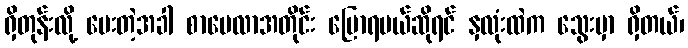
ရှိတုန်းလို့ မေးတဲ့အခါ စာပေလာအတိုင်း ပြောရမယ်ဆိုရင် နှလုံးထဲက သွေးမှာ ရှိတယ်၊